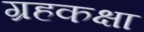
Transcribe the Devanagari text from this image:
ग्रहकक्षा